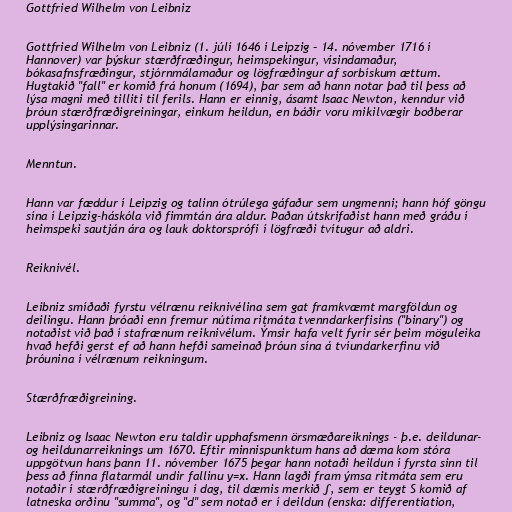
Gottfried Wilhelm von Leibniz

Gottfried Wilhelm von Leibniz (1. júlí 1646 í Leipzig – 14. nóvember 1716 í
Hannover) var þýskur stærðfræðingur, heimspekingur, vísindamaður,
bókasafnsfræðingur, stjórnmálamaður og lögfræðingur af sorbískum ættum.
Hugtakið "fall" er komið frá honum (1694), þar sem að hann notar það til þess að
lýsa magni með tilliti til ferils. Hann er einnig, ásamt Isaac Newton, kenndur við
þróun stærðfræðigreiningar, einkum heildun, en báðir voru mikilvægir boðberar
upplýsingarinnar.

Menntun.

Hann var fæddur í Leipzig og talinn ótrúlega gáfaður sem ungmenni; hann hóf göngu
sína í Leipzig-háskóla við fimmtán ára aldur. Þaðan útskrifaðist hann með gráðu í
heimspeki sautján ára og lauk doktorsprófi í lögfræði tvítugur að aldri.

Reiknivél.

Leibniz smíðaði fyrstu vélrænu reiknivélina sem gat framkvæmt margföldun og
deilingu. Hann þróaði enn fremur nútíma ritmáta tvenndarkerfisins ("binary") og
notaðist við það í stafrænum reiknivélum. Ýmsir hafa velt fyrir sér þeim möguleika
hvað hefði gerst ef að hann hefði sameinað þróun sína á tvíundarkerfinu við
þróunina í vélrænum reikningum.

Stærðfræðigreining.

Leibniz og Isaac Newton eru taldir upphafsmenn örsmæðareiknings - þ.e. deildunar-
og heildunarreiknings um 1670. Eftir minnispunktum hans að dæma kom stóra
uppgötvun hans þann 11. nóvember 1675 þegar hann notaði heildun í fyrsta sinn til
þess að finna flatarmál undir fallinu y=x. Hann lagði fram ýmsa ritmáta sem eru
notaðir í stærðfræðigreiningu í dag, til dæmis merkið ∫, sem er teygt S komið af
latneska orðinu "summa", og "d" sem notað er í deildun (enska: differentiation,